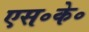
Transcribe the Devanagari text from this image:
एस॰के॰